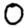
Digit: 0